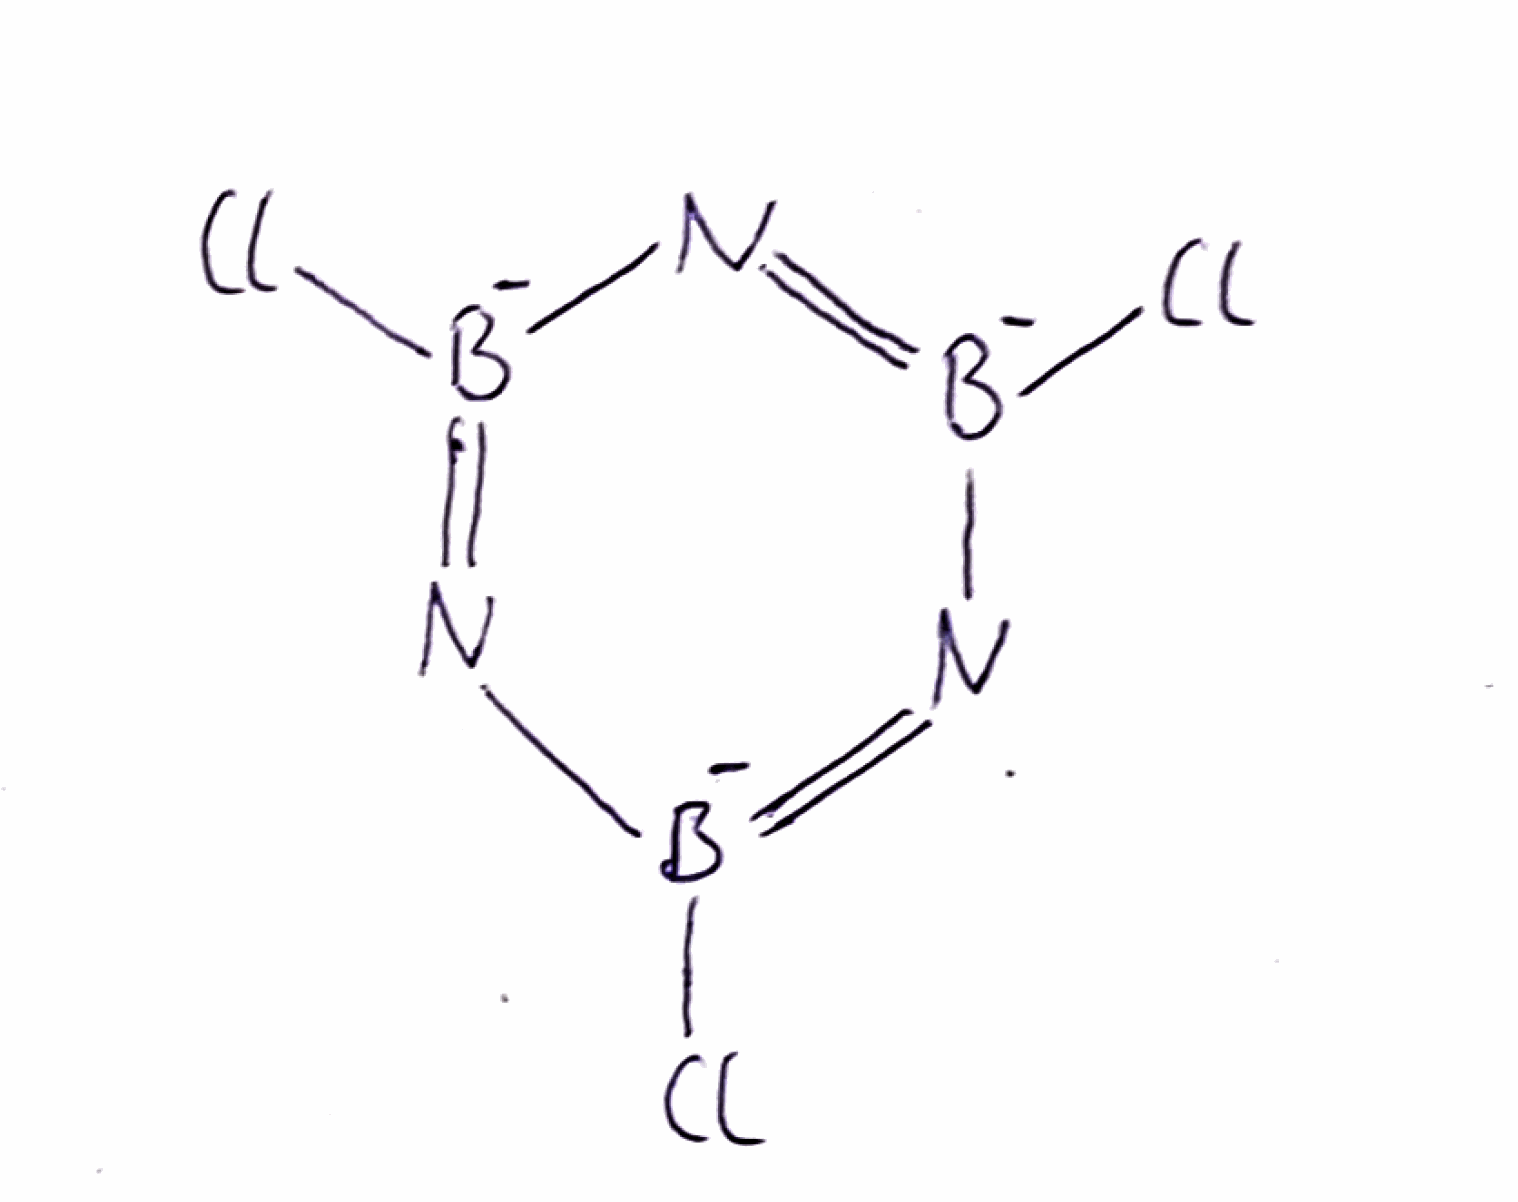
Simplified molecular-input line-entry system (SMILES) notation of the given molecule:
[B-]1(=N[B-](=N[B-](=N1)Cl)Cl)Cl